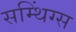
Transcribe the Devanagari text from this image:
सम्थिंग्स